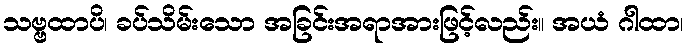
သဗ္ဗထာပိ၊ ခပ်သိမ်းသော အခြင်းအရာအားဖြင့်လည်း။ အယံ ဂါထာ၊